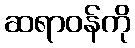
ဆရာဝန်ကို